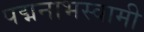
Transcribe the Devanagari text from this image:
पद्मनाभस्‍वामी